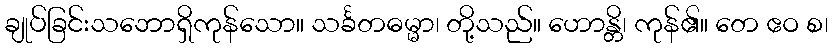
ချုပ်ခြင်းသဘောရှိကုန်သော။ သင်္ခတဓမ္မာ၊ တို့သည်။ ဟောန္တိ၊ ကုန်၏။ တေ ဧဝ စ၊